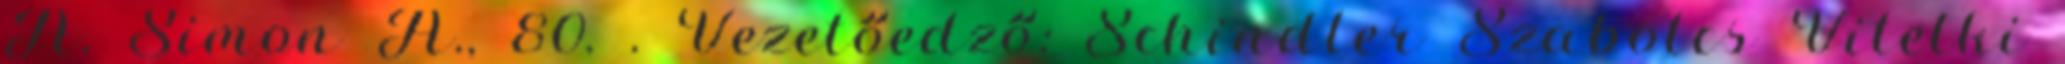
Á. Simon A., 80. . Vezetőedző: Schindler Szabolcs Vitelki